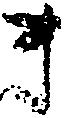
ま